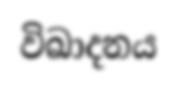
විඛාදනය